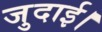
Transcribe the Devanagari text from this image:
जुदाई।